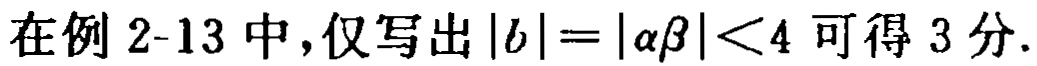
在例 2-13 中，仅写出\(|b| = |\alpha\beta| < 4\) 可得 3 分.